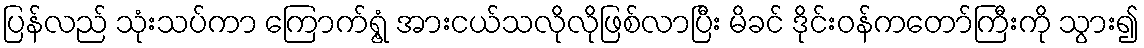
ပြန်လည် သုံးသပ်ကာ ကြောက်ရွံ့ အားငယ်သလိုလိုဖြစ်လာပြီး မိခင် ဒိုင်းဝန်ကတော်ကြီးကို သွား၍